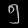
Digit: ၅